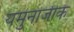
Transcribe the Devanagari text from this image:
यमुनाजीके